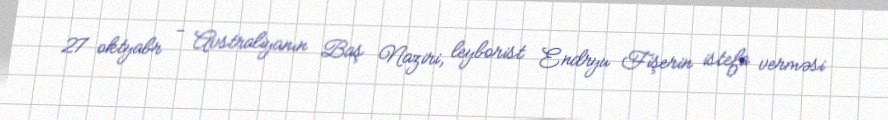
27 oktyabr - Avstraliyanın Baş Naziri, leyborist Endryu Fişerin istefa verməsi